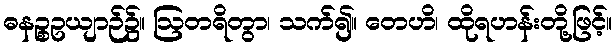
ဓနဉ္စဥယျာဉ်၌။ ဩတရိတွာ၊ သက်၍။ တေဟိ၊ ထိုရဟန်းတို့ဖြင့်။